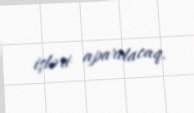
işləri aparılacaq.